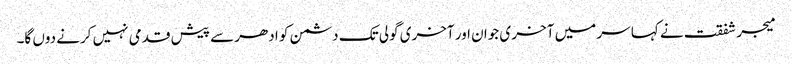
میجر شفقت نے کہا سر میں آخر ی جوان اور آخری گولی تک دشمن کو ادھر سے پیش قدمی نہیں کرنے دوں گا۔